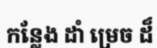
កន្លែង ដាំ ម្រេច ដ៏